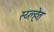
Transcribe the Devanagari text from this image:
स्य्ल्हेत